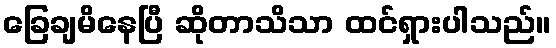
ခြေချမိနေပြီ ဆိုတာသိသာ ထင်ရှားပါသည်။